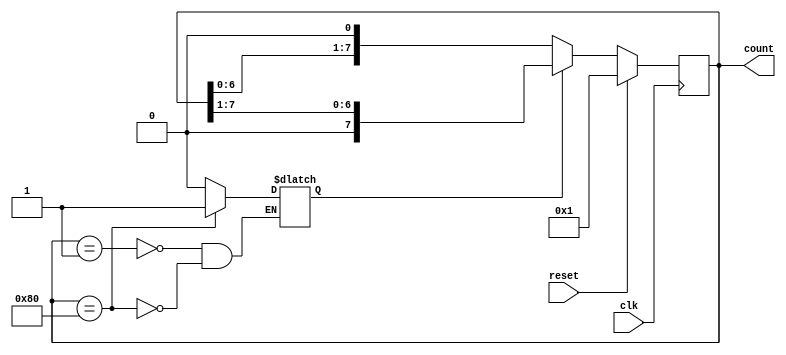

  `timescale 10ns / 1ns
  
  module shift_counter(output reg [7:0] count, input clk, reset);
    
    reg state;
    
    always @(*)
    begin
      case(count)
        8'b0000_0001: state = 0;
        8'b1000_0000: state = 1;
        default: state = state;
      endcase
    end
    
    always @(posedge clk)
    begin
      if (reset)
        count<=8'b1;
      else if (state == 0)
        count<=count<<1;
      else if (state == 1)
        count<=count>>1;
    end
    
  endmodule